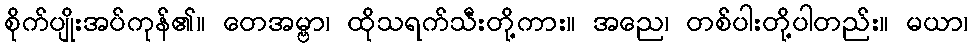
စိုက်ပျိုးအပ်ကုန်၏။ တေအမ္ဗာ၊ ထိုသရက်သီးတို့ကား။ အညေ၊ တစ်ပါးတို့ပါတည်း။ မယာ၊